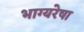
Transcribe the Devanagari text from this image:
भाग्यरेषा